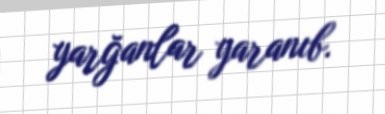
yarğanlar yaranıb.